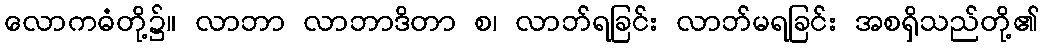
လောကဓံတို့၌။ လာဘာ လာဘာဒိတာ စ၊ လာဘ်ရခြင်း လာဘ်မရခြင်း အစရှိသည်တို့၏